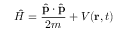
{ \hat { H } } = { \frac { { \hat { \mathbf { p } } } \cdot { \hat { \mathbf { p } } } } { 2 m } } + V ( \mathbf { r } , t )